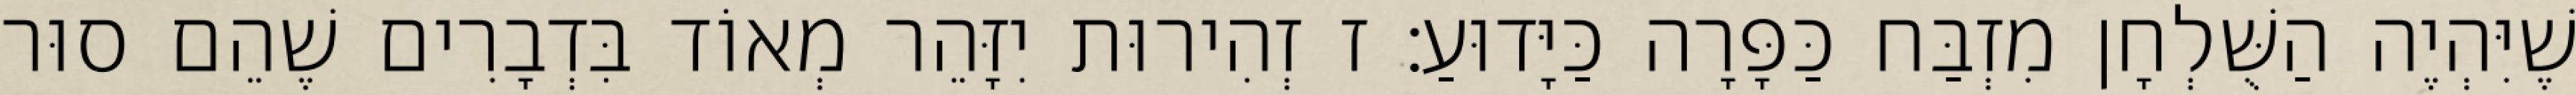
שֶׁיִּהְיֶה הַשֻּׁלְחָן מִזְבַּח כַּפָּרָה כַּיָּדוּעַ: ז זְהִירוּת יִזָּהֵר מְאוֹד בִּדְבָרִים שֶׁהֵם סוּר